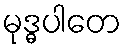
မုဒ္ဓပါတေ